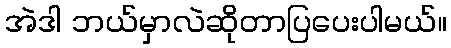
အဲဒါ ဘယ်မှာလဲဆိုတာပြပေးပါမယ်။